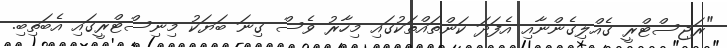
"ރަޖިސްޓްރީ ގެއްލިގެންނާއި އެފަދަ ކަންތައްތަކުގައި މިހާރު ވެސް ގިނަ ބަޔަކު މިނިސްޓްރީގައި އެބަތިބި.